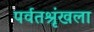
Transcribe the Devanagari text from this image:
पर्वतश्रृंखला